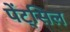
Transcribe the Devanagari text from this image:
पेंट्सिल